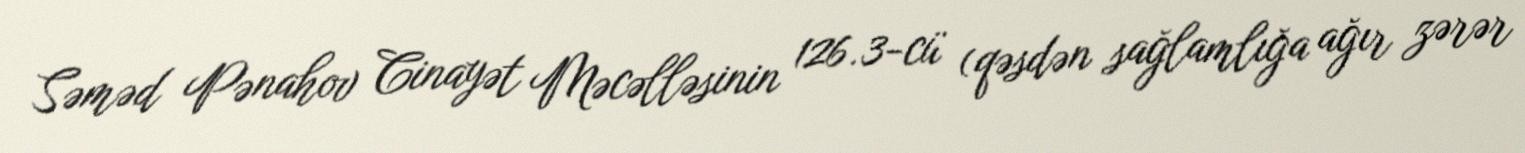
Səməd Pənahov Cinayət Məcəlləsinin 126.3-cü (qəsdən sağlamlığa ağır zərər